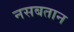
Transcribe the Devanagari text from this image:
नसबतान